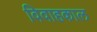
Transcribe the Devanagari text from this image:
विवाहकाल